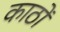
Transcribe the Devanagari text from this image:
काठों